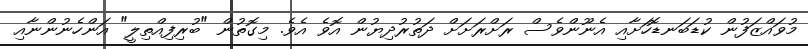
މުވައްޒަފުން ކުޑަބަނޑޮހަށާއި އެނޫންވެސް ރަށްރަށަށް ދަތުރުދިޔުން އޮވެ އެވެ. މިގޮތުން "ބުރިފިއްތިލީ" އަންހެނުންނާއި